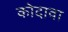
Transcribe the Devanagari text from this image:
कोदावा